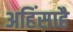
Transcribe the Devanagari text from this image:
अहिंसाहै